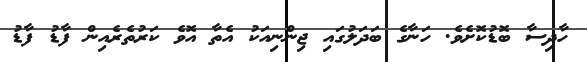
ހާދިސާ ބޮޑުކޮށެވެ. ހަނާގެ ބަދަލުގައި ޖިންނިއަކު އެތާ އޮވެ ކަރުތެެރެއިން ފާޑު ފާޑު